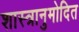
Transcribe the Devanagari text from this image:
शास्त्रानुमोदित